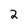
Character: 2